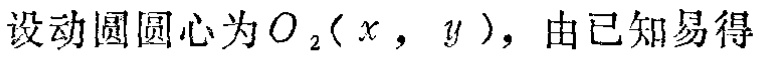
设动圆圆心为\(O_{2}(x,y)\)，由已知易得